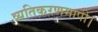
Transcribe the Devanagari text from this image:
व्यतिकरणमापी।